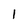
Character: 1